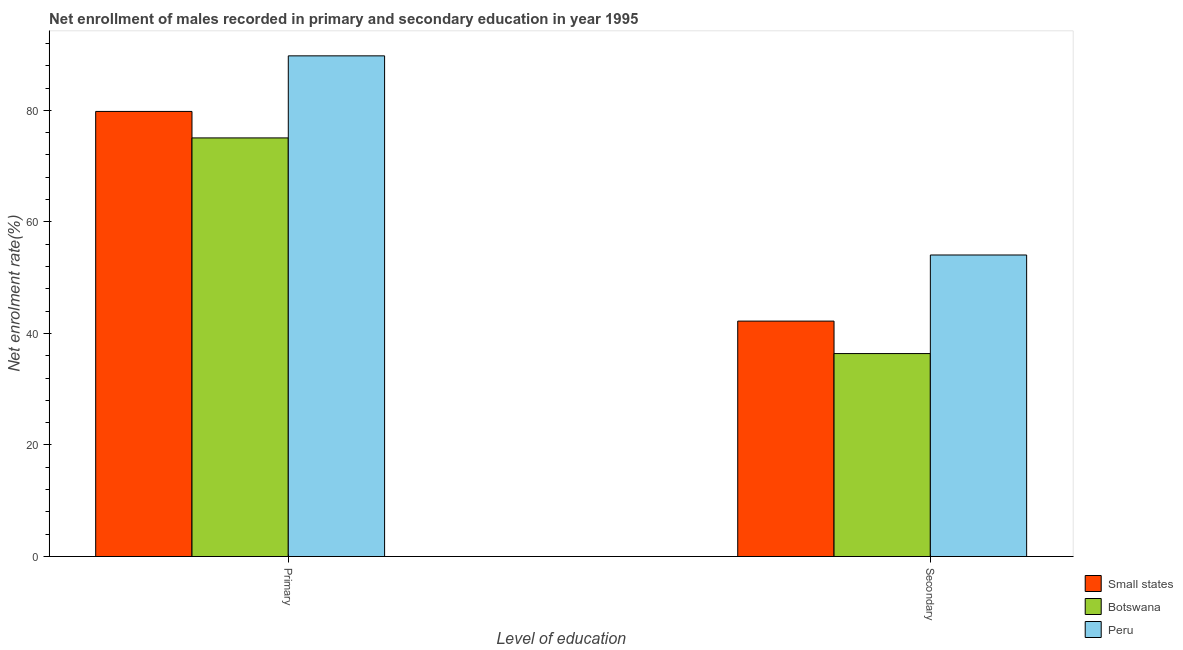
| Level of education | Small states | Botswana | Peru |
 | --- | --- | --- | --- |
 | Primary | 79.8 | 75.1 | 89.8 |
 | Secondary | 42.2 | 36.4 | 54.1 |